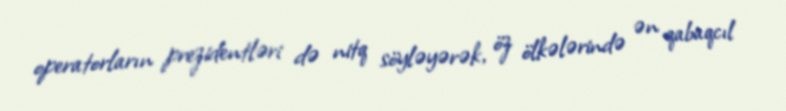
operatorların prezidentləri də nitq söyləyərək, öz ölkələrində ən qabaqcıl